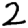
Digit: 2